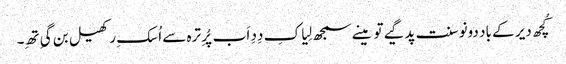
کُچھ دیر کے باد دونو سنت پد گیے تو مینے سمجھ لِیا کِ دِدِ اَب پُرِ ترہ سے اُسکِ رکھیل بن گیِ تھِ۔